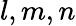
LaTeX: l,m,n